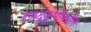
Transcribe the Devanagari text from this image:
रणदुंदुभीमधील